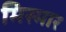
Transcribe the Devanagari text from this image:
मिस्मार